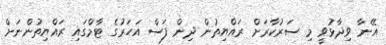
އޭނާ ވިދާޅުވީ މި ސަރުކާރަށް ރައްޔިތުން ދިން ފަސް އަހަރުގެ ޓާމްގައި ރައްޔިތުންނަށް